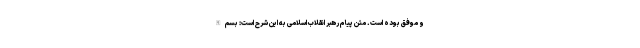
و موفق بوده است. متن پیام رهبر انقلاب اسلامی به این شرح است: بسم الله